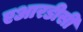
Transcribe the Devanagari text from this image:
एआरडीसी